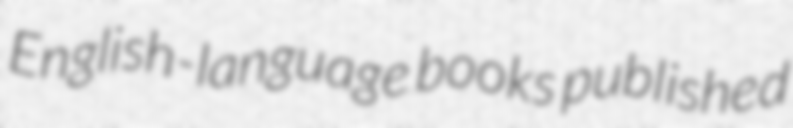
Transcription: English-language books published